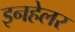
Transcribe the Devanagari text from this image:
इनहेलर